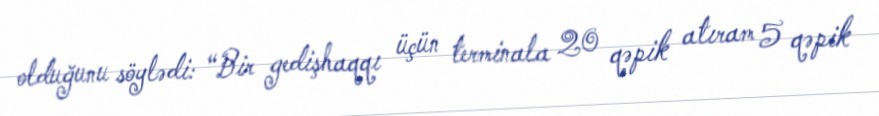
olduğunu söylədi: “Bir gedişhaqqı üçün terminala 20 qəpik atıram 5 qəpik